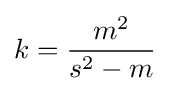
k={\frac {m^{2}}{s^{2}-m}}